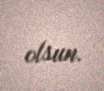
olsun.